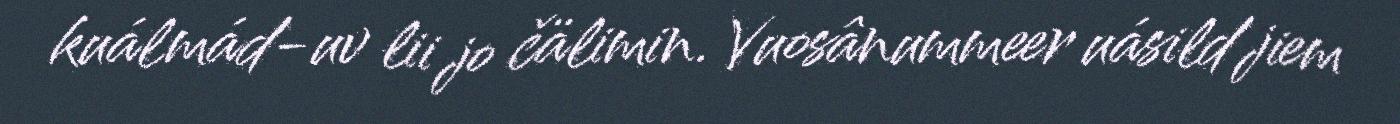
kuálmád-uv lii jo čälimin. Vuosânummeer uásild jiem